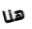
هنا